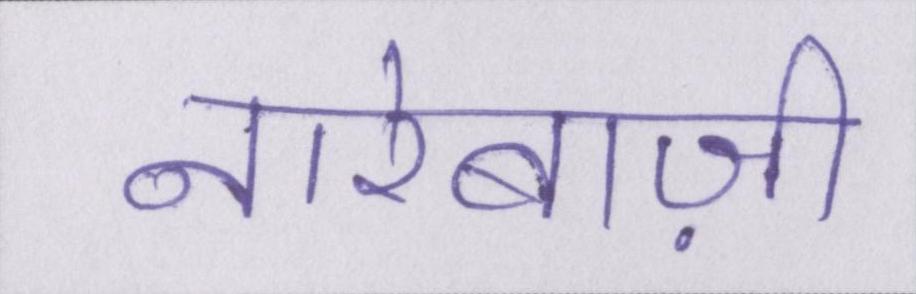
नारेबाज़ी